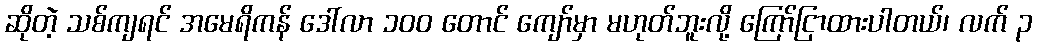
ဆိုတဲ့ သစ်ကျရင် အမေရိကန် ဒေါ်လာ ၁၀၀ တောင် ကျော်မှာ မဟုတ်ဘူးလို့ ကြော်ငြာထားပါတယ်၊ လက် ၃